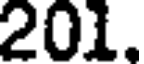
201.